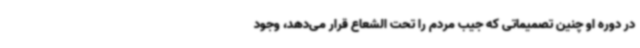
در دوره او چنین تصمیماتی که جیب مردم را تحت الشعاع قرار می‌دهد، وجود